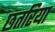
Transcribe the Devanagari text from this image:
छतरिया